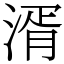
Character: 湑